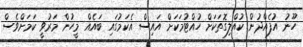
ހޫނު އުފެއްދުން ކުއްލިގޮތަކަށް ހުއްޓުމަކަށް އައިސް އެކަމުގައި ބައެއް މީހުން މަރުވީ ކަމަށްވެސް